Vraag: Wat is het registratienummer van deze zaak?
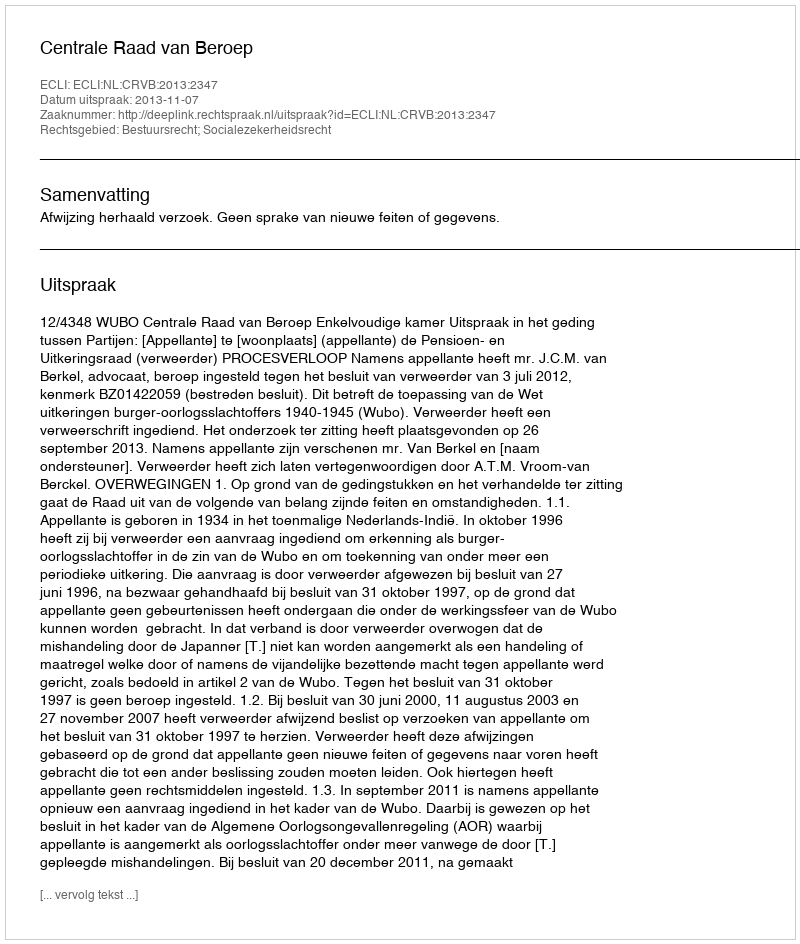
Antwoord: http://deeplink.rechtspraak.nl/uitspraak?id=ECLI:NL:CRVB:2013:2347